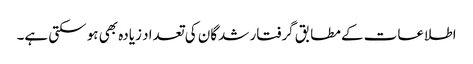
اطلاعات کے مطابق گرفتار شدگان کی تعداد زیادہ بھی ہو سکتی ہے۔